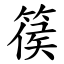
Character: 篌